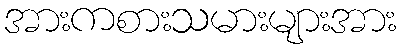
အားကစားသမားများအား